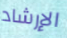
الإرشاد